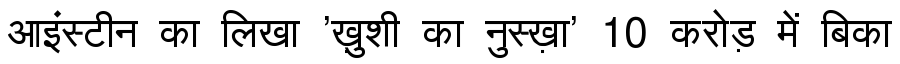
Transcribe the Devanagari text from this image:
आइंस्टीन का लिखा 'ख़ुशी का नुस्ख़ा' 10 करोड़ में बिका